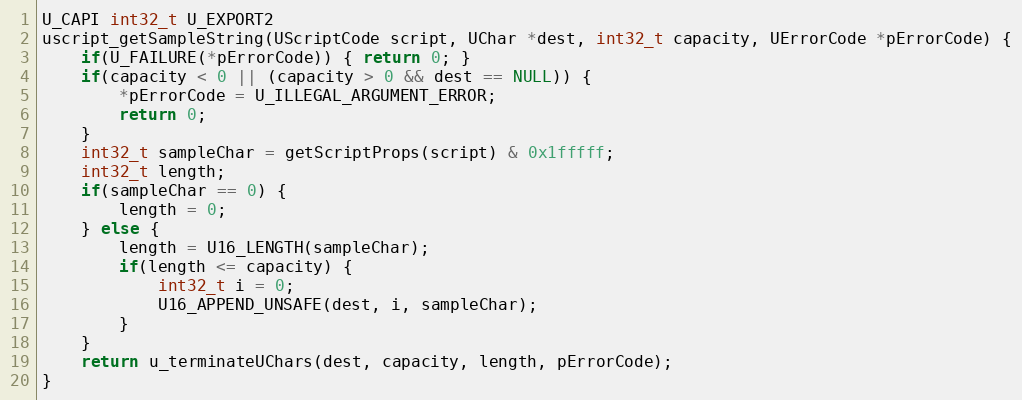
Language: C++
U_CAPI int32_t U_EXPORT2
uscript_getSampleString(UScriptCode script, UChar *dest, int32_t capacity, UErrorCode *pErrorCode) {
    if(U_FAILURE(*pErrorCode)) { return 0; }
    if(capacity < 0 || (capacity > 0 && dest == NULL)) {
        *pErrorCode = U_ILLEGAL_ARGUMENT_ERROR;
        return 0;
    }
    int32_t sampleChar = getScriptProps(script) & 0x1fffff;
    int32_t length;
    if(sampleChar == 0) {
        length = 0;
    } else {
        length = U16_LENGTH(sampleChar);
        if(length <= capacity) {
            int32_t i = 0;
            U16_APPEND_UNSAFE(dest, i, sampleChar);
        }
    }
    return u_terminateUChars(dest, capacity, length, pErrorCode);
}